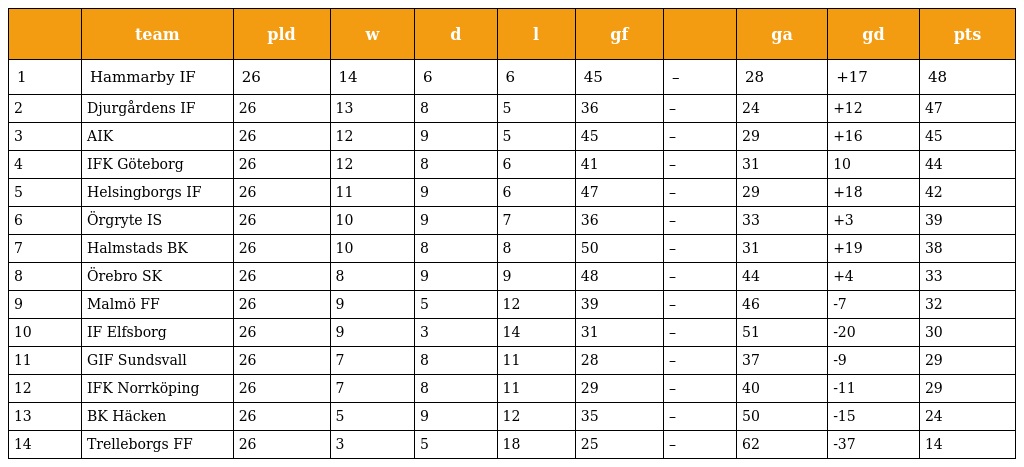
|  | team | pld | w | d | l | gf |  | ga | gd | pts |
 | --- | --- | --- | --- | --- | --- | --- | --- | --- | --- | --- |
 | 1 | Hammarby IF | 26 | 14 | 6 | 6 | 45 | – | 28 | +17 | 48 |
 | 2 | Djurgårdens IF | 26 | 13 | 8 | 5 | 36 | – | 24 | +12 | 47 |
 | 3 | AIK | 26 | 12 | 9 | 5 | 45 | – | 29 | +16 | 45 |
 | 4 | IFK Göteborg | 26 | 12 | 8 | 6 | 41 | – | 31 | 10 | 44 |
 | 5 | Helsingborgs IF | 26 | 11 | 9 | 6 | 47 | – | 29 | +18 | 42 |
 | 6 | Örgryte IS | 26 | 10 | 9 | 7 | 36 | – | 33 | +3 | 39 |
 | 7 | Halmstads BK | 26 | 10 | 8 | 8 | 50 | – | 31 | +19 | 38 |
 | 8 | Örebro SK | 26 | 8 | 9 | 9 | 48 | – | 44 | +4 | 33 |
 | 9 | Malmö FF | 26 | 9 | 5 | 12 | 39 | – | 46 | -7 | 32 |
 | 10 | IF Elfsborg | 26 | 9 | 3 | 14 | 31 | – | 51 | -20 | 30 |
 | 11 | GIF Sundsvall | 26 | 7 | 8 | 11 | 28 | – | 37 | -9 | 29 |
 | 12 | IFK Norrköping | 26 | 7 | 8 | 11 | 29 | – | 40 | -11 | 29 |
 | 13 | BK Häcken | 26 | 5 | 9 | 12 | 35 | – | 50 | -15 | 24 |
 | 14 | Trelleborgs FF | 26 | 3 | 5 | 18 | 25 | – | 62 | -37 | 14 |